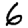
Digit: 6